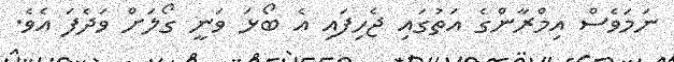
ނަމަވެސް އިމްރާންގެ އަތުގައި ޖެހިފައި އެ ބޯޅަ ވަނީ ގޯލަށް ވަދެފަ އެވެ.